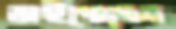
ভাইপোদের